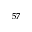
^ { 5 7 }